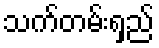
သက်တမ်းရှည်